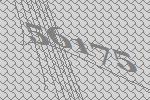
56175